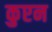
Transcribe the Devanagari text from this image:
कुएन